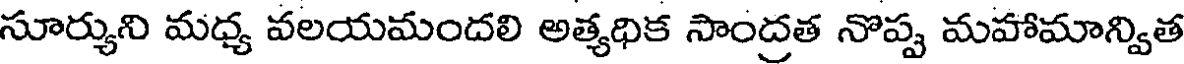
సూర్యుని మధ్య వలయమందలి అత్యధిక సాంద్రత నొప్ప మహామాన్విత